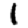
Digit: 1